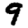
Digit: 9